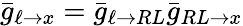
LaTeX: \bar{g}_{\ell\to x}=\bar{g}_{\ell\to RL}\bar{g}_{RL\to x}